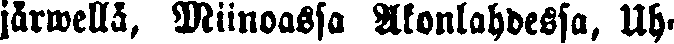
järwellä, Miinoassa Akonlahdessa, Uh-